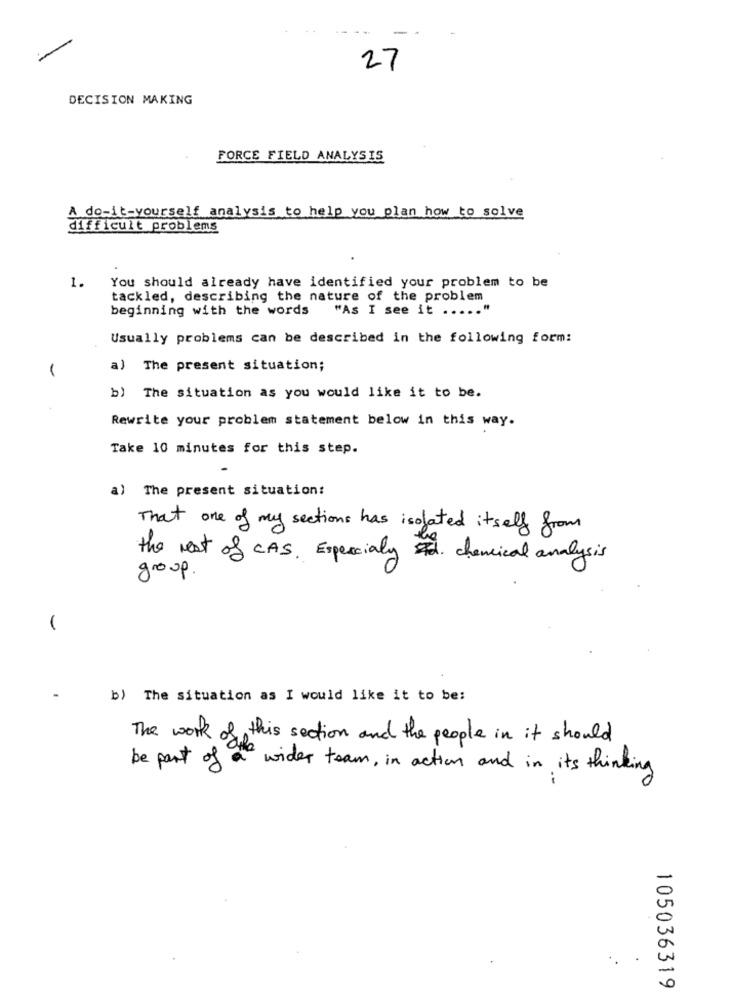
27
DECISION MAKING
FORCE FIELD ANALYSIS
A do-it-yourself analysis to help you plan how to solve
difficult problems
1.
You should already have identified your problem to be
tackled, describing the nature of the problem
beginning with the words "As I see it ..... "
Usually problems can be described in the following form:
1
a) The present situation;
b) The situation as you would like it to be.
Rewrite your problem statement below in this way.
Take 10 minutes for this step.
a) The present situation:
That one of my sections has isolated itself from
the rest of CAS. Especialy chemical analysis
group.
b) The situation as I would like it to be:
The work of this section and the people in it should
be part of a" wider team , in action and in its thinking
105036319